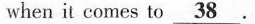
when it comes to \underline{38} .